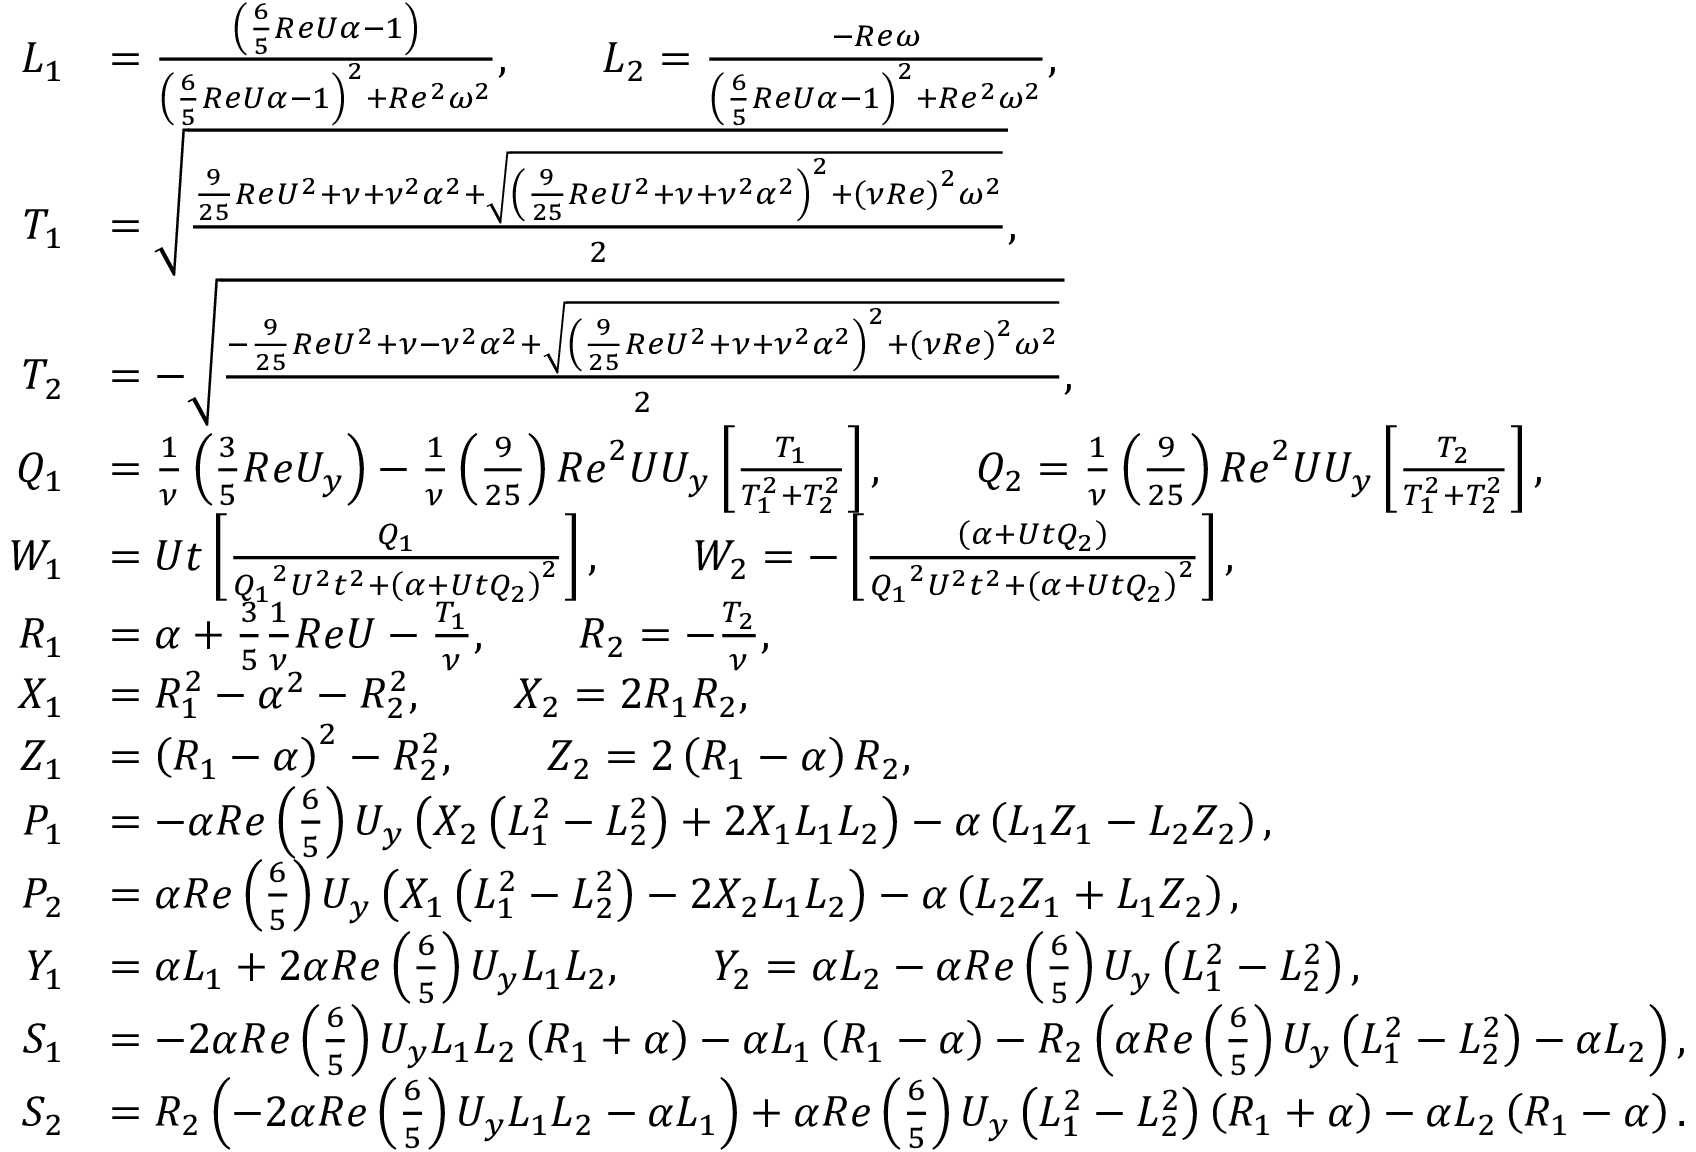
\begin{array} { r l } { L _ { 1 } } & { = \frac { \left( \frac { 6 } { 5 } R e U \alpha - 1 \right) } { \left( \frac { 6 } { 5 } R e U \alpha - 1 \right) ^ { 2 } + R e ^ { 2 } \omega ^ { 2 } } , \qquad L _ { 2 } = \frac { - R e \omega } { \left( \frac { 6 } { 5 } R e U \alpha - 1 \right) ^ { 2 } + R e ^ { 2 } \omega ^ { 2 } } , } \\ { T _ { 1 } } & { = \sqrt { \frac { { \frac { 9 } { 2 5 } R e U ^ { 2 } + \nu } + \nu ^ { 2 } \alpha ^ { 2 } + \sqrt { \left( { \frac { 9 } { 2 5 } R e U ^ { 2 } + \nu } + \nu ^ { 2 } \alpha ^ { 2 } \right) ^ { 2 } + { \left( \nu R e \right) } ^ { 2 } \omega ^ { 2 } } } { 2 } } , } \\ { T _ { 2 } } & { = - \sqrt { \frac { - { \frac { 9 } { 2 5 } R e U ^ { 2 } + \nu } - \nu ^ { 2 } \alpha ^ { 2 } + \sqrt { \left( { \frac { 9 } { 2 5 } R e U ^ { 2 } + \nu } + \nu ^ { 2 } \alpha ^ { 2 } \right) ^ { 2 } + { \left( \nu R e \right) } ^ { 2 } \omega ^ { 2 } } } { 2 } } , } \\ { Q _ { 1 } } & { = \frac { 1 } { \nu } \left( \frac { 3 } { 5 } R e U _ { y } \right) - \frac { 1 } { \nu } \left( \frac { 9 } { 2 5 } \right) { R e } ^ { 2 } U U _ { y } \left[ \frac { T _ { 1 } } { T _ { 1 } ^ { 2 } + T _ { 2 } ^ { 2 } } \right] , \qquad Q _ { 2 } = \frac { 1 } { \nu } \left( \frac { 9 } { 2 5 } \right) { R e } ^ { 2 } U U _ { y } \left[ \frac { T _ { 2 } } { T _ { 1 } ^ { 2 } + T _ { 2 } ^ { 2 } } \right] , } \\ { W _ { 1 } } & { = U t \left[ \frac { Q _ { 1 } } { { Q _ { 1 } } ^ { 2 } U ^ { 2 } t ^ { 2 } + { \left( \alpha + U t Q _ { 2 } \right) } ^ { 2 } } \right] , \qquad W _ { 2 } = - \left[ \frac { \left( \alpha + U t Q _ { 2 } \right) } { { Q _ { 1 } } ^ { 2 } U ^ { 2 } t ^ { 2 } + { \left( \alpha + U t Q _ { 2 } \right) } ^ { 2 } } \right] , } \\ { R _ { 1 } } & { = \alpha + \frac { 3 } { 5 } \frac { 1 } { \nu } R e U - \frac { T _ { 1 } } { \nu } , \qquad R _ { 2 } = - \frac { T _ { 2 } } { \nu } , } \\ { X _ { 1 } } & { = R _ { 1 } ^ { 2 } - \alpha ^ { 2 } - R _ { 2 } ^ { 2 } , \qquad X _ { 2 } = 2 R _ { 1 } R _ { 2 } , } \\ { Z _ { 1 } } & { = { \left( R _ { 1 } - \alpha \right) } ^ { 2 } - R _ { 2 } ^ { 2 } , \qquad Z _ { 2 } = 2 \left( R _ { 1 } - \alpha \right) R _ { 2 } , } \\ { P _ { 1 } } & { = - \alpha R e \left( \frac { 6 } { 5 } \right) U _ { y } \left( X _ { 2 } \left( L _ { 1 } ^ { 2 } - L _ { 2 } ^ { 2 } \right) + 2 X _ { 1 } L _ { 1 } L _ { 2 } \right) - \alpha \left( L _ { 1 } Z _ { 1 } - L _ { 2 } Z _ { 2 } \right) , } \\ { P _ { 2 } } & { = \alpha R e \left( \frac { 6 } { 5 } \right) U _ { y } \left( X _ { 1 } \left( L _ { 1 } ^ { 2 } - L _ { 2 } ^ { 2 } \right) - 2 X _ { 2 } L _ { 1 } L _ { 2 } \right) - \alpha \left( L _ { 2 } Z _ { 1 } + L _ { 1 } Z _ { 2 } \right) , } \\ { Y _ { 1 } } & { = \alpha L _ { 1 } + 2 \alpha R e \left( \frac { 6 } { 5 } \right) U _ { y } L _ { 1 } L _ { 2 } , \qquad Y _ { 2 } = \alpha L _ { 2 } - \alpha R e \left( \frac { 6 } { 5 } \right) U _ { y } \left( L _ { 1 } ^ { 2 } - L _ { 2 } ^ { 2 } \right) , } \\ { S _ { 1 } } & { = - 2 \alpha R e \left( \frac { 6 } { 5 } \right) U _ { y } L _ { 1 } L _ { 2 } \left( R _ { 1 } + \alpha \right) - \alpha L _ { 1 } \left( R _ { 1 } - \alpha \right) - R _ { 2 } \left( \alpha R e \left( \frac { 6 } { 5 } \right) U _ { y } \left( L _ { 1 } ^ { 2 } - L _ { 2 } ^ { 2 } \right) - \alpha L _ { 2 } \right) , } \\ { S _ { 2 } } & { = R _ { 2 } \left( - 2 \alpha R e \left( \frac { 6 } { 5 } \right) U _ { y } L _ { 1 } L _ { 2 } - \alpha L _ { 1 } \right) + \alpha R e \left( \frac { 6 } { 5 } \right) U _ { y } \left( L _ { 1 } ^ { 2 } - L _ { 2 } ^ { 2 } \right) \left( R _ { 1 } + \alpha \right) - \alpha L _ { 2 } \left( R _ { 1 } - \alpha \right) . } \end{array}